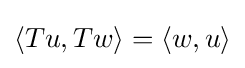
{\textstyle \langle Tu,Tw\rangle =\langle w,u\rangle }